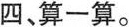
四、算一算。